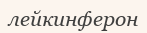
лейкинферон